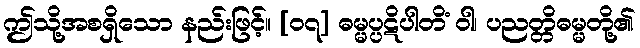
ဤသို့အစရှိသော နည်းဖြင့်။ [၀၇] ဓမ္မပ္ပဋိပါတိံ ဝါ၊ ပညတ္တိဓမ္မတို့၏